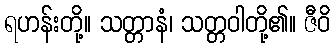
ရဟန်းတို့။ သတ္တာနံ၊ သတ္တဝါတို့၏။ ဇီဝိ